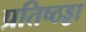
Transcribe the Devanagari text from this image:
प्रतिष्ठड्ढा